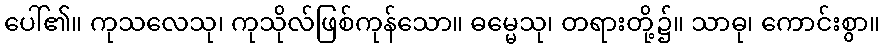
ပေါ်၏။ ကုသလေသု၊ ကုသိုလ်ဖြစ်ကုန်သော။ ဓမ္မေသု၊ တရားတို့၌။ သာဓု၊ ကောင်းစွာ။